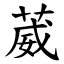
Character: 葳